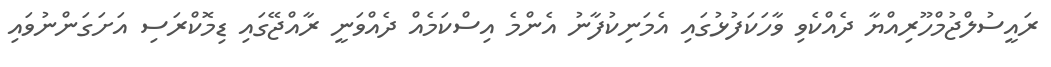
ރައީސުލްޖުމްހޫރިއްޔާ ދެއްކެވި ވާހަކަފުޅުގައި އެމަނިކުފާނު އެންމެ އިސްކަމެއް ދެއްވަނީ ރާއްޖޭގައި ޑިމޮކްރަސި އަށަގަންނުވައި